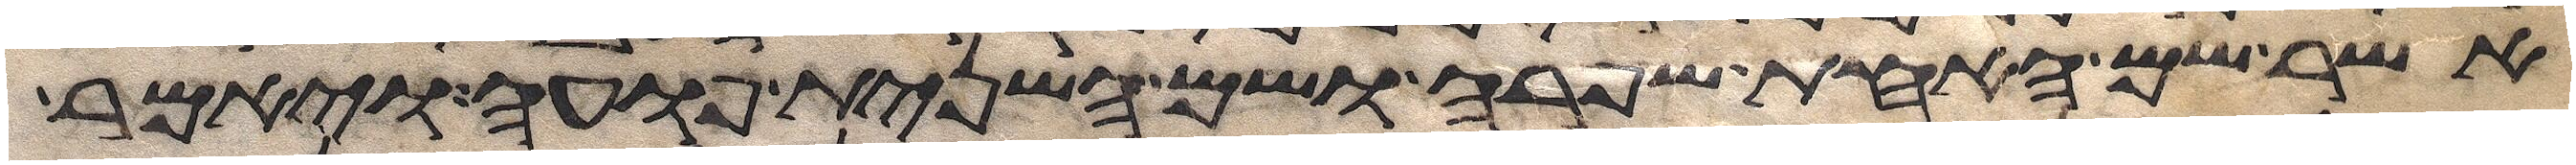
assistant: אשר שם האחת שפרה ושם השנית פועה ויאמר